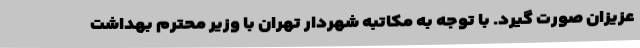
عزیزان صورت گیرد. با توجه به مکاتبه شهردار تهران با وزیر محترم بهداشت